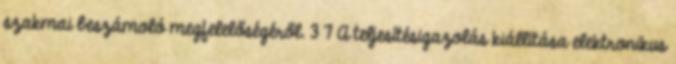
szakmai beszámoló megfelelőségéről. 3 7 A teljesítésigazolás kiállítása elektronikus